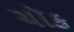
ચૉક